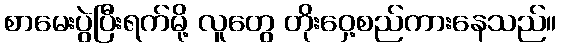
စာမေးပွဲပြီးရက်မို့ လူတွေ တိုးဝှေ့စည်ကားနေသည်။